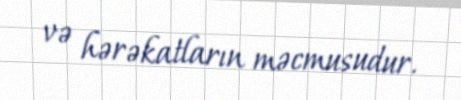
və hərəkatların məcmusudur.